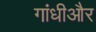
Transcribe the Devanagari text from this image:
गांधीऔर